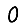
Digit: 0